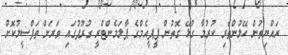
ރައްޔިތުން ހޭލުންތެރި ކުރުމާ ގުޅޭ ގޮތުން ޕީޕީއެމްގެ ޕާލަމެންޓްރީ ގުރޫޕުގައި ވަރަށް ތަފްސީލުކޮށް